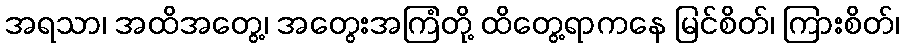
အရသာ၊ အထိအတွေ့၊ အတွေးအကြံတို့ ထိတွေ့ရာကနေ မြင်စိတ်၊ ကြားစိတ်၊